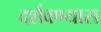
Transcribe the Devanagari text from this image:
दर्शवण्यास